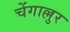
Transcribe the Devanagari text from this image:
चेंगाल्लुर